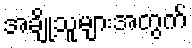
အချို့သူများအတွက်